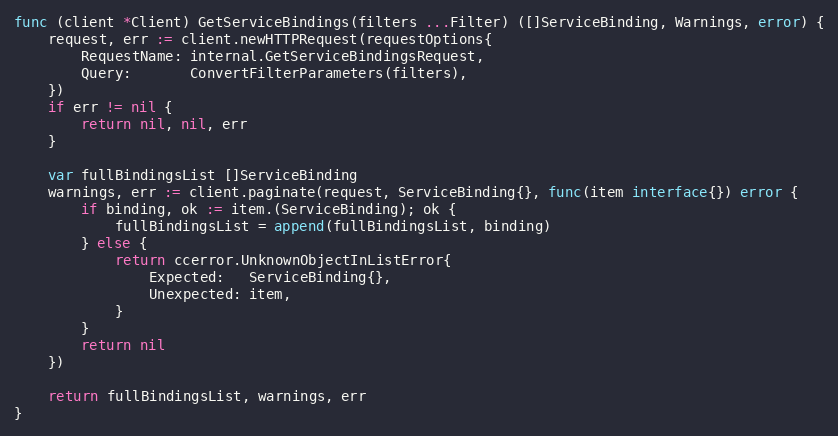
Language: Go
func (client *Client) GetServiceBindings(filters ...Filter) ([]ServiceBinding, Warnings, error) {
	request, err := client.newHTTPRequest(requestOptions{
		RequestName: internal.GetServiceBindingsRequest,
		Query:       ConvertFilterParameters(filters),
	})
	if err != nil {
		return nil, nil, err
	}

	var fullBindingsList []ServiceBinding
	warnings, err := client.paginate(request, ServiceBinding{}, func(item interface{}) error {
		if binding, ok := item.(ServiceBinding); ok {
			fullBindingsList = append(fullBindingsList, binding)
		} else {
			return ccerror.UnknownObjectInListError{
				Expected:   ServiceBinding{},
				Unexpected: item,
			}
		}
		return nil
	})

	return fullBindingsList, warnings, err
}